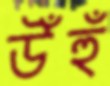
উঁহুঁ